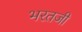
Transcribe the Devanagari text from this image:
भरतजी